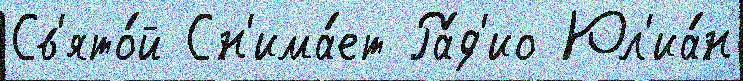
Св'ято́й Сн'има́ет Ра́д'ио Юл'иа́н